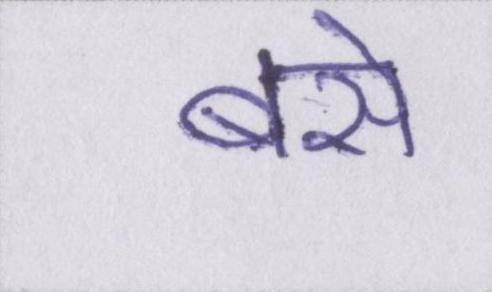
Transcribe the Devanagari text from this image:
बसे